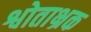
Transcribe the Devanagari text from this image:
श्वोताभ्रक